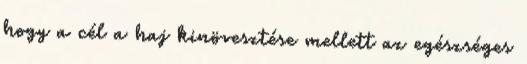
hogy a cél a haj kinövesztése mellett az egészséges